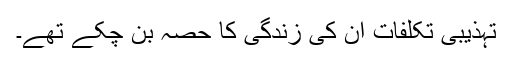
تہذیبی تکلّفات اُن کی زندگی کا حصہ بن چکے تھے۔